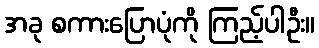
အခု စကားပြောပုံကို ကြည့်ပါဦး။